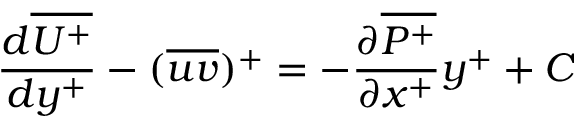
\frac { d \overline { { U ^ { + } } } } { d y ^ { + } } - ( \overline { { u v } } ) ^ { + } = - \frac { \partial \overline { { P ^ { + } } } } { \partial x ^ { + } } y ^ { + } + C